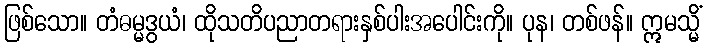
ဖြစ်သော။ တံဓမ္မဒွယံ၊ ထိုသတိပညာတရားနှစ်ပါးအပေါင်းကို။ ပုန၊ တစ်ဖန်။ ဣမသ္မိံ